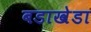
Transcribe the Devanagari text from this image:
बडाखेडा